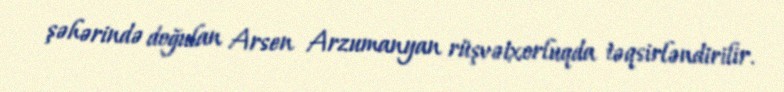
şəhərində doğulan Arsen Arzumanyan rüşvətxorluqda təqsirləndirilir.